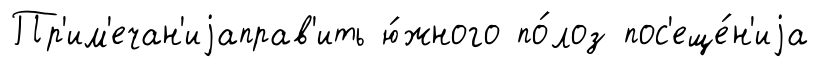
Пр'им'ечан'иjаправ'ить ю́жного по́лоз пос'еще́н'иjа